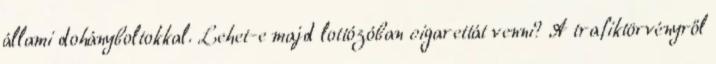
állami dohányboltokkal. Lehet-e majd lottózóban cigarettát venni? A trafiktörvényről